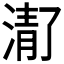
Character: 𬈚